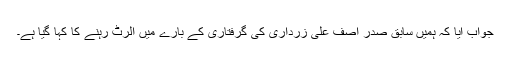
جواب آیا کہ ہمیں سابق صدر آصف علی زرداری کی گرفتاری کے بارے میں الرٹ رہنے کا کہا گیا ہے۔